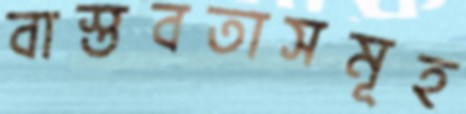
বাস্তবতাসমূহ